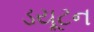
ડયૂટન